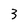
Character: 3